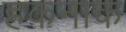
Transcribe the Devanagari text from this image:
हकनाक